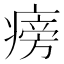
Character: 𤹔